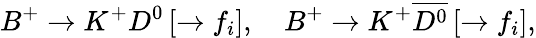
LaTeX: B^{+}\to K^{+}D^{0}\, [\to f_{i}],\quad B^{+}\to K^{+}\overline{{{D^{0}}}}\, [\to f_{i}],